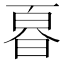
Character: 𭦚